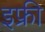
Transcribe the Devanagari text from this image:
इफ्री